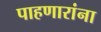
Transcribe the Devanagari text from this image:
पाहणारांना